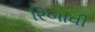
રિબાવી